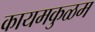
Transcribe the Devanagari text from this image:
कायमकुळम